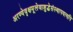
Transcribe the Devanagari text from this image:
अरण्येवृक्षमूलेवाशुद्धेसंस्थापयत्यपि